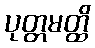
ပုတ္တမတ္ထိ